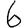
Digit: 6